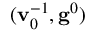
( \mathbf { v } _ { 0 } ^ { - 1 } , \mathbf { g } ^ { 0 } )